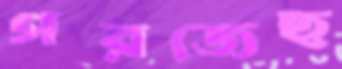
গরজেছ